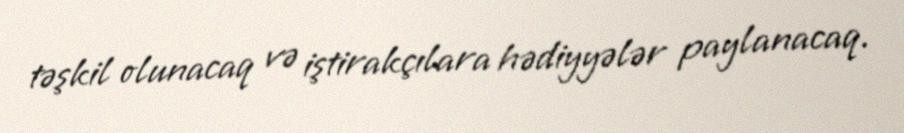
təşkil olunacaq və iştirakçılara hədiyyələr paylanacaq.